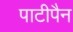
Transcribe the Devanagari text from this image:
पाटीपैन